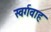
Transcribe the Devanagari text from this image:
स्वर्गवाह